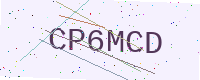
Text: CP6MCD